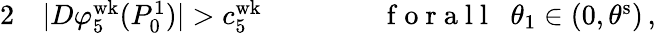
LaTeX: \begin{array}{rlrl}{{2}}&{{}|D\varphi_{5}^{\mathrm{wk}}(P_{0}^{1})|>c_{5}^{\mathrm{wk}}\, \qquad}&{}&{{}\mathrm{~f~o~r~a~l~l~}\; \; \theta_{1}\in(0,\theta^{\mathrm{s}})\, ,}\end{array}